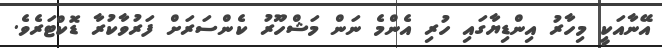
އޭނާއަކީ މިހާރު އިންޑިޔާގައި ހުރި އެންމެ ނަން މަޝްހޫރު ކެންސަރަށް ފަރުވާކުރާ ޑޮކްޓަރެވެ.